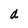
Character: d